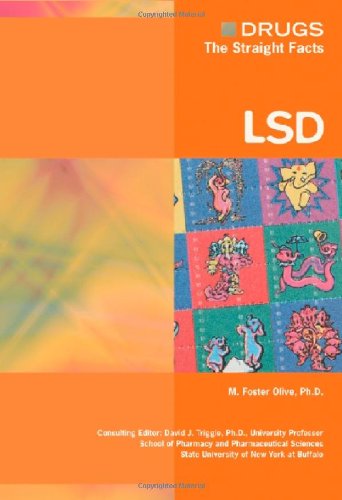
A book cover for LSD (Drugs: The Straight Facts); M. Foster Olive; Teen & Young Adult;